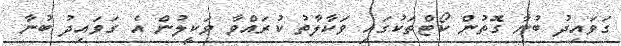
ގަވައިދު ބުނާ ގޮތުން ކޯޓްތަކުގައި ވަކާލާތު ކުރައްވާ ވަކީލުން އެ ގަވައިދު ބުނާ